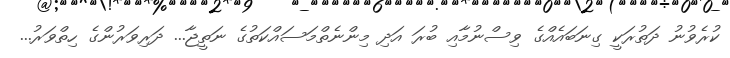
ކުރެވުނު ދަތުރަކީ ގިނަބައެއްގެ ވިސްނުމާއި ބުރަ އަދި މިންނެތްމަސައްކަތުގެ ނަތީޖާ... ދަރިވަރުންގެ ހިތްވަރު...